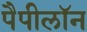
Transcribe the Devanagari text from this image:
पैपीलॉन